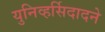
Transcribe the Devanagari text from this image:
युनिव्हर्सिदादने